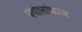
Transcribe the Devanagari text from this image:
पवारांचाच